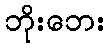
ဘိုးဘေး